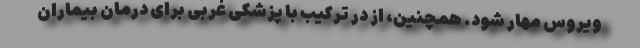
ویروس مهار شود. همچنین، از در ترکیب با پزشکی غربی برای درمان بیماران